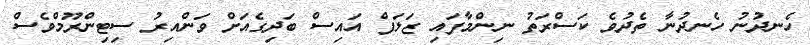
ހެނދުނު ހެނދުނާ ތެދުވެ ކަސްރަތު ނިންމާފައި ޒަލަފް އައިސް ބަދިގެއަށް ވަންއިރު ސިޓިންރޫމްވެސް